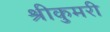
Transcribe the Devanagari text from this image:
श्रीकुमरी